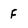
Character: F